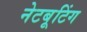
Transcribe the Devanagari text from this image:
नेटबूटिंग